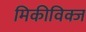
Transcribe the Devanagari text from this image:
मिकीविक्ज